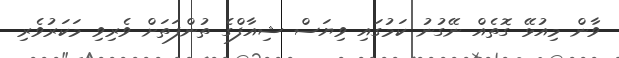
ވާން މިއުޅޭ ގޮތެއް ނޭގުނު ކަމުގައި ވިޔަސް ޝިއާފްގެ ތުންފަތަށް ވެރިވި މަކަރުވެރި